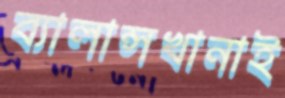
ব্যালান্সখানাই